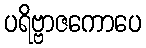
ပရိဗ္ဗာဇကောပေ